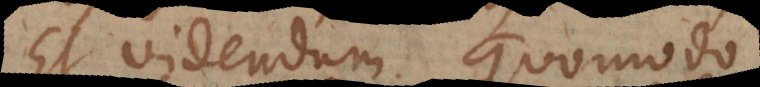
Et videndum quomodo